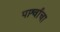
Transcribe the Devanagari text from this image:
पार्श्वाचा